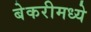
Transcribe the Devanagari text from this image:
बेकरीमध्ये